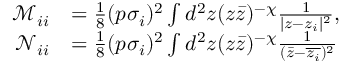
\begin{array} { r l } { \mathcal M _ { i i } } & { = \frac { 1 } { 8 } ( p \sigma _ { i } ) ^ { 2 } \int d ^ { 2 } z ( z \bar { z } ) ^ { - \chi } \frac { 1 } { | z - z _ { i } | ^ { 2 } } , } \\ { \mathcal N _ { i i } } & { = \frac { 1 } { 8 } ( p \sigma _ { i } ) ^ { 2 } \int d ^ { 2 } z ( z \bar { z } ) ^ { - \chi } \frac { 1 } { ( \bar { z } - \overline { { z _ { i } } } ) ^ { 2 } } } \end{array}